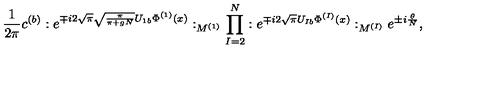
\frac { 1 } { 2 \pi } c ^ { ( b ) } : e ^ { \mp i 2 \sqrt { \pi } \sqrt { \frac { \pi } { \pi + g N } } U _ { 1 b } \Phi ^ { ( 1 ) } ( x ) } : _ { M ^ { ( 1 ) } } \prod _ { I = 2 } ^ { N } : e ^ { \mp i 2 \sqrt { \pi } U _ { I b } \Phi ^ { ( I ) } ( x ) } : _ { M ^ { ( I ) } } e ^ { \pm i \frac { \theta } { N } } ,